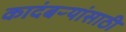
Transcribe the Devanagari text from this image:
कादंबऱ्यांसाठी